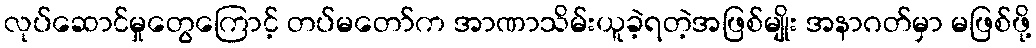
လုပ်ဆောင်မှုတွေကြောင့် တပ်မတော်က အာဏာသိမ်းယူခဲ့ရတဲ့အဖြစ်မျိုး အနာဂတ်မှာ မဖြစ်ဖို့